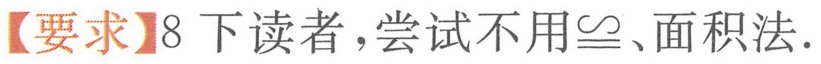
【要求】8下读者，尝试不用\(\cong\)、面积法.